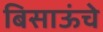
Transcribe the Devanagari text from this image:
बिसाऊंचे